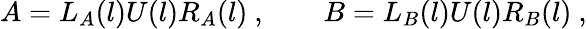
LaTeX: A=L_{A}(l)U(l)R_{A}(l)\ ,\qquad B=L_{B}(l)U(l)R_{B}(l)\ ,